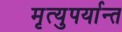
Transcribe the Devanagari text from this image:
मृत्युपर्यान्त